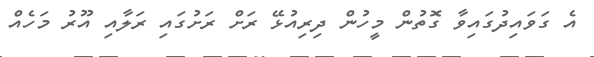
އެ ގަވައިދުގައިވާ ގޮތުން މީހުން ދިރިއުޅޭ ރަށް ރަށުގައި ރަލާއި އޫރު މަހެއް